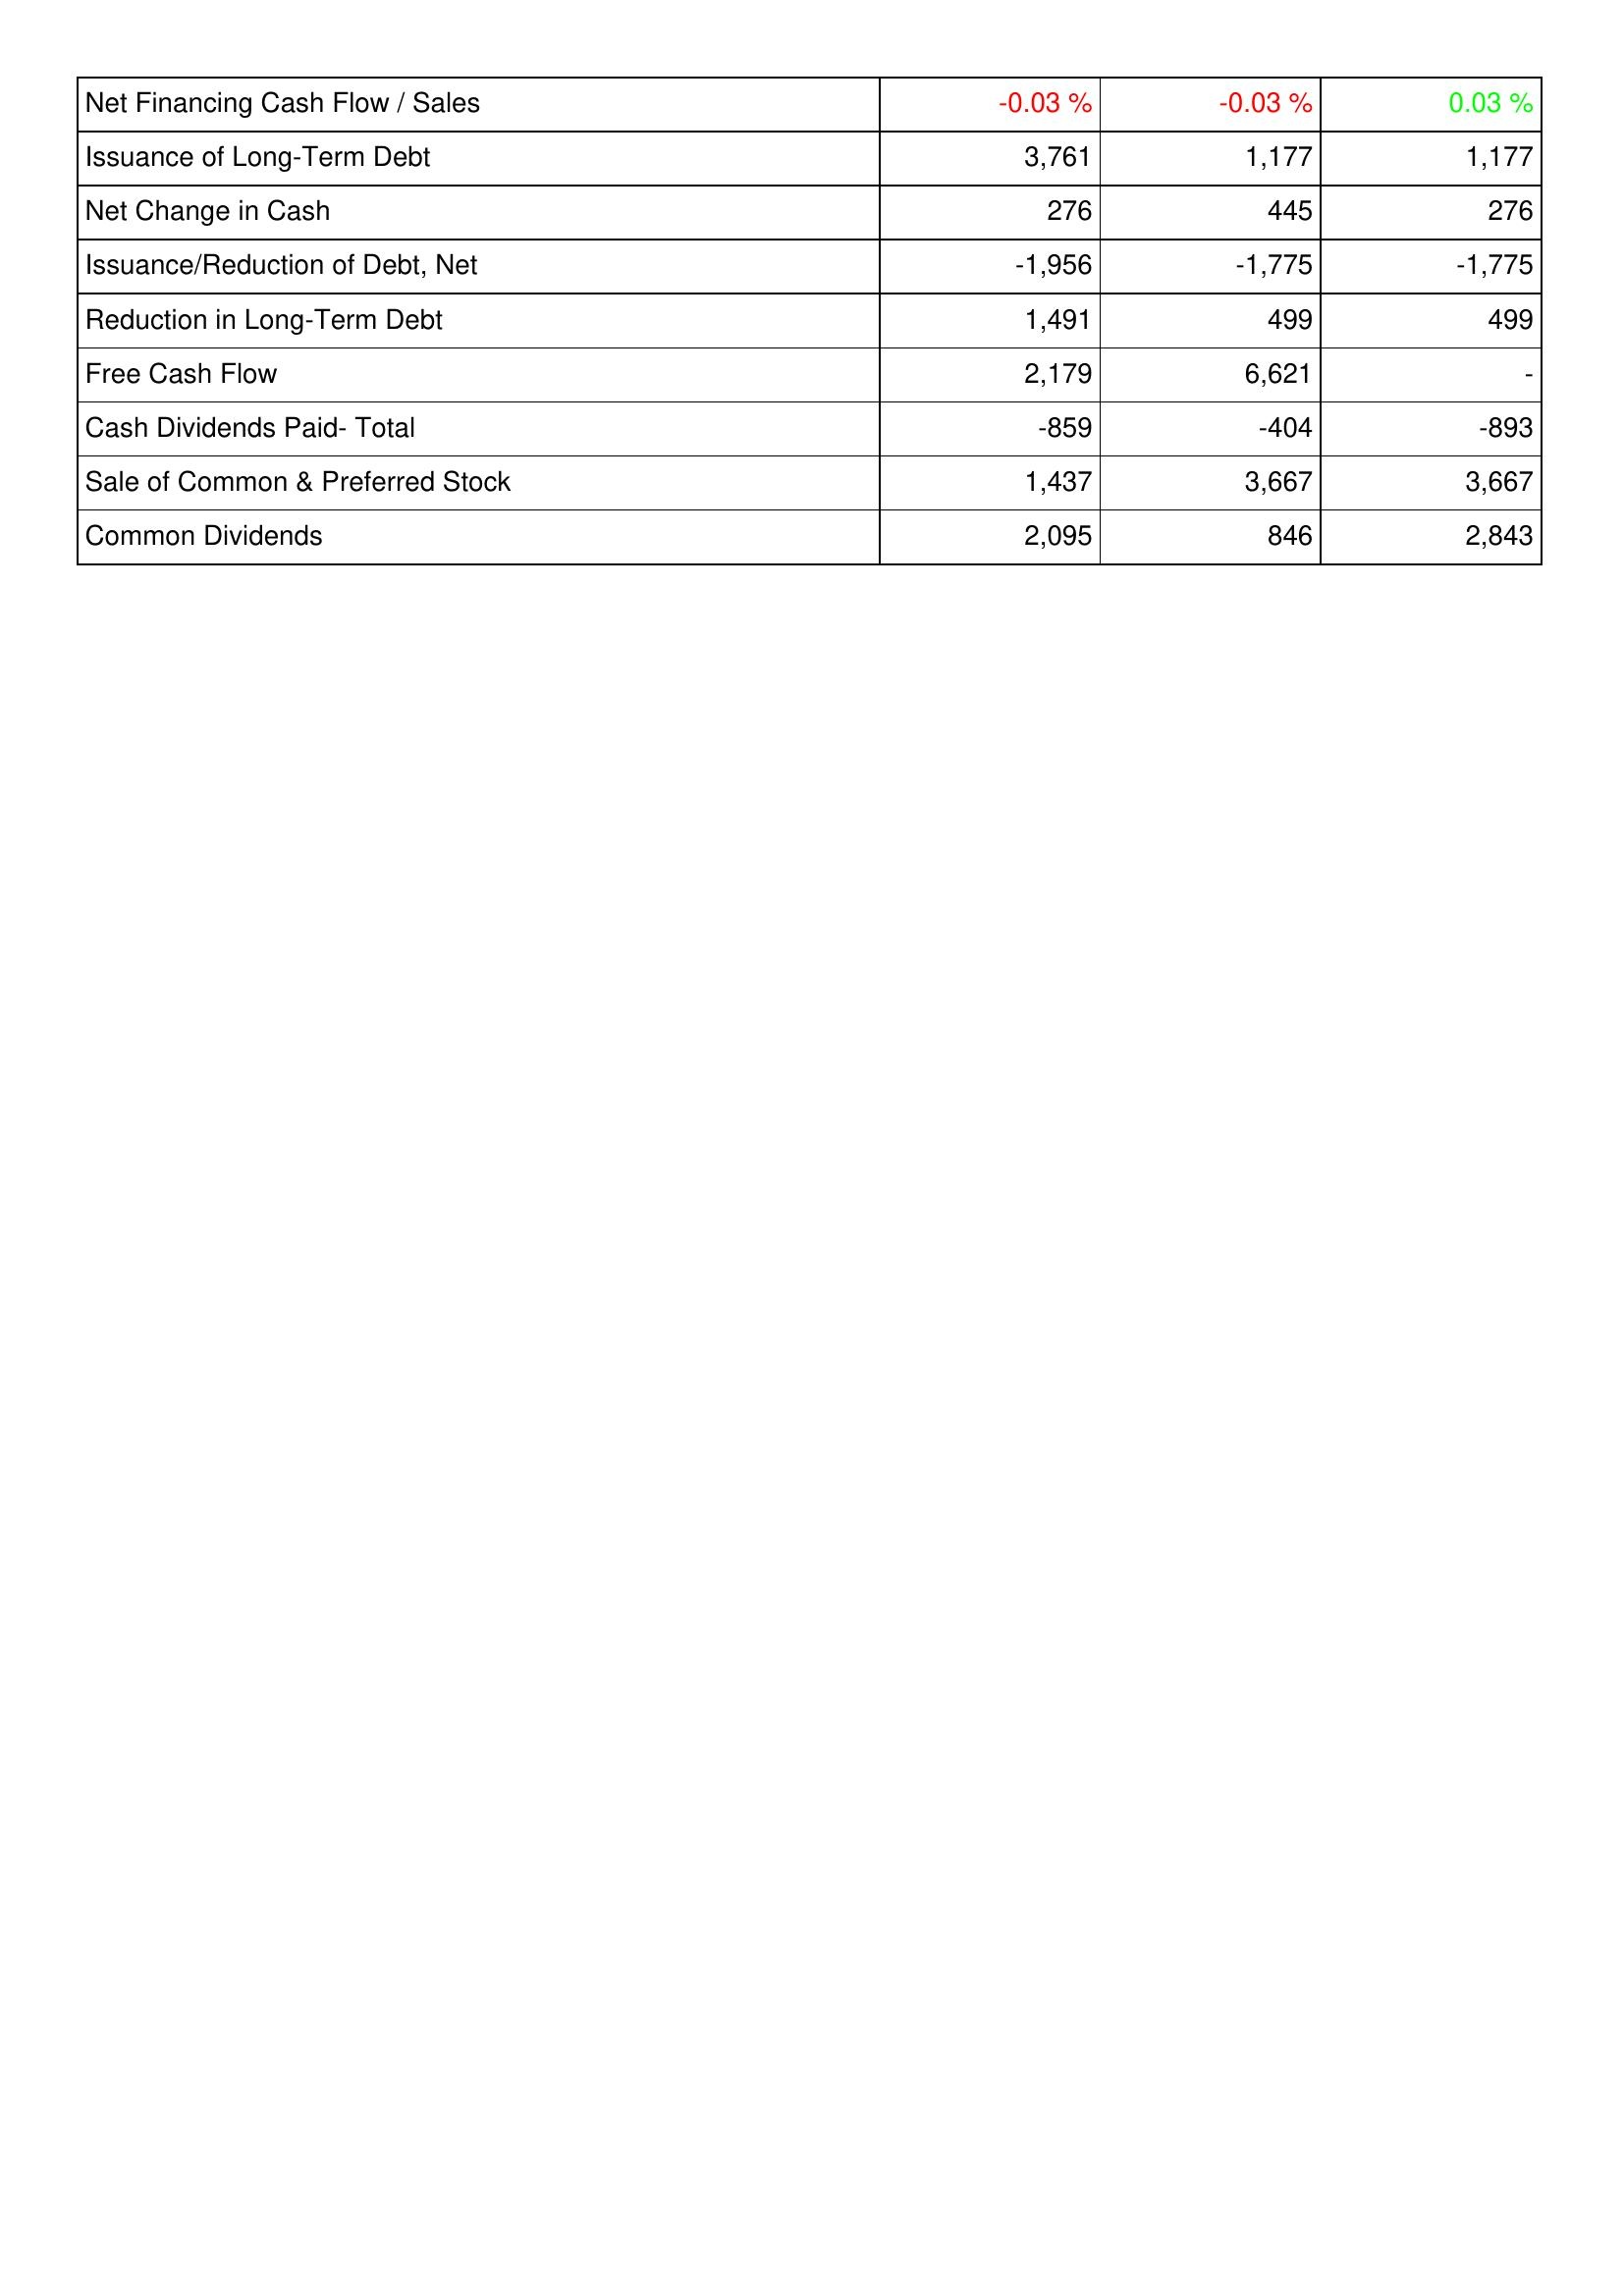
2020: Financing Activities: Net Financing Cash Flow / Sales: -0.03 %
Issuance of Long-Term Debt: 3,761
Net Change in Cash: 276
Issuance/Reduction of Debt, Net: -1,956
Reduction in Long-Term Debt: 1,491
Free Cash Flow: 2,179
Cash Dividends Paid- Total: -859
Sale of Common & Preferred Stock: 1,437
Common Dividends: 2,095
2021: Financing Activities: Net Financing Cash Flow / Sales: -0.03 %
Issuance of Long-Term Debt: 1,177
Net Change in Cash: 445
Issuance/Reduction of Debt, Net: -1,775
Reduction in Long-Term Debt: 499
Free Cash Flow: 6,621
Cash Dividends Paid- Total: -404
Sale of Common & Preferred Stock: 3,667
Common Dividends: 846
2022: Financing Activities: Net Financing Cash Flow / Sales: 0.03 %
Issuance of Long-Term Debt: 1,177
Net Change in Cash: 276
Issuance/Reduction of Debt, Net: -1,775
Reduction in Long-Term Debt: 499
Free Cash Flow: -
Cash Dividends Paid- Total: -893
Sale of Common & Preferred Stock: 3,667
Common Dividends: 2,843